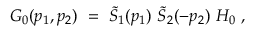
G _ { 0 } ( p _ { 1 } , p _ { 2 } ) \ = \ \widetilde S _ { 1 } ( p _ { 1 } ) \ \widetilde S _ { 2 } ( - p _ { 2 } ) \ H _ { 0 } \ ,